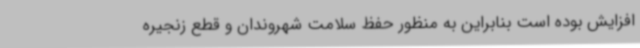
افزایش بوده است بنابراین به منظور حفظ سلامت شهروندان و قطع زنجیره